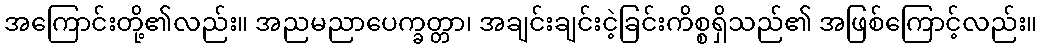
အကြောင်းတို့၏လည်း။ အညမညာပေက္ခတ္တာ၊ အချင်းချင်းငဲ့ခြင်းကိစ္စရှိသည်၏ အဖြစ်ကြောင့်လည်း။